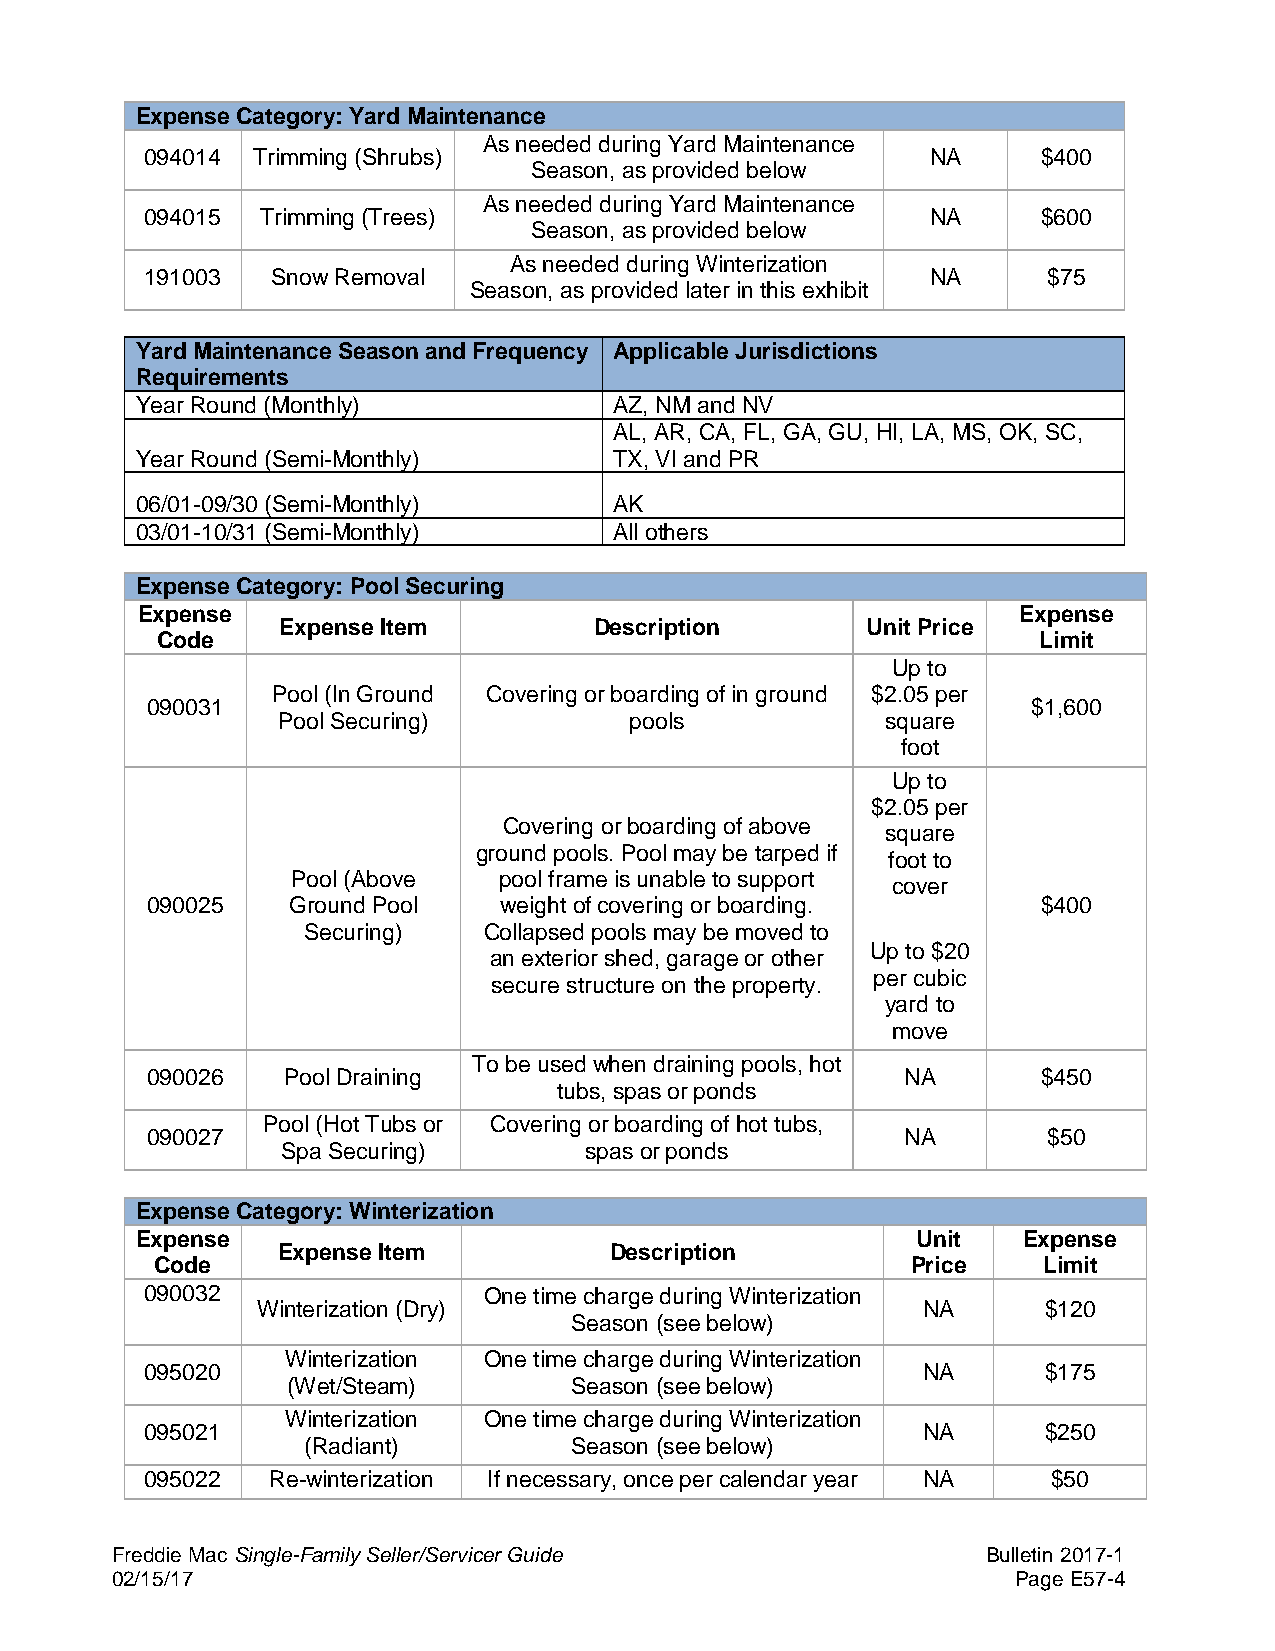
Expense Category: Yard Maintenance
 As needed during Yard Maintenance
 094014 Trimming (Shrubs)                            NA     $400
 Season, as provided below
 As needed during Yard Maintenance
 094015 Trimming (Trees)                             NA     $600
 Season, as provided below
 As needed during Winterization
 191003  Snow Removal                                NA     $75
 Season, as provided later in this exhibit
 Yard Maintenance Season and Frequency Applicable Jurisdictions
 Requirements
 Year Round (Monthly)            AZ, NM and NV
 AL, AR, CA, FL, GA, GU, HI, LA, MS, OK, SC,
 Year Round (Semi-Monthly)       TX, VI and PR
 06/01-09/30 (Semi-Monthly)      AK
 03/01-10/31 (Semi-Monthly)      All others
 Expense Category: Pool Securing
 Expense                                                   Expense
 Expense Item         Description       Unit Price
 Code                                                       Limit
 Up to
 Pool (In Ground Covering or boarding of in ground $2.05 per
 090031                                                    $1,600
 Pool Securing)          pools            square
 foot
 Up to
 $2.05 per
 Covering or boarding of above
 square
 ground pools. Pool may be tarped if
 foot to
 Pool (Above   pool frame is unable to support
 cover
 090025   Ground Pool   weight of covering or boarding.     $400
 Securing)   Collapsed pools may be moved to
 Up to $20
 an exterior shed, garage or other
 per cubic
 secure structure on the property.
 yard to
 move
 To be used when draining pools, hot
 090026   Pool Draining                            NA       $450
 tubs, spas or ponds
 Pool (Hot Tubs or Covering or boarding of hot tubs,
 090027                                            NA       $50
 Spa Securing)       spas or ponds
 Expense Category: Winterization
 Expense                                             Unit   Expense
 Expense Item          Description
 Code                                              Price    Limit
 090032                One time charge during Winterization
 Winterization (Dry)                         NA      $120
 Season (see below)
 Winterization One time charge during Winterization
 095020                                             NA      $175
 (Wet/Steam)        Season (see below)
 Winterization One time charge during Winterization
 095021                                             NA      $250
 (Radiant)         Season (see below)
 095022  Re-winterization If necessary, once per calendar year NA $50
 Freddie Mac Single-Family Seller/Servicer Guide           Bulletin 2017-1
 02/15/17                                                    Page E57-4